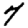
Digit: 7